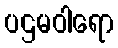
ပဌမဝါရော